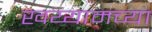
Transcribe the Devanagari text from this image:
खय्यामच्या